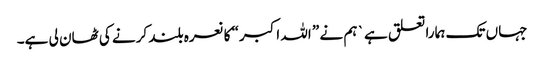
جہاں تک ہمارا تعلق ہے` ہم نے ” اللہ اکبر“ کا نعرہ بلند کرنے کی ٹھان لی ہے۔